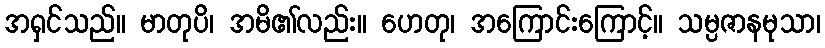
အရှင်သည်။ မာတုပိ၊ အမိ၏လည်း။ ဟေတု၊ အကြောင်းကြောင့်။ သမ္ပဇာနမုသာ၊